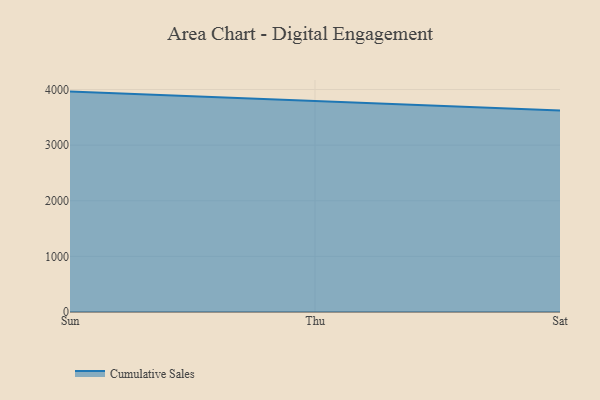
{"axis": {"x": "Day", "y": "Population (Million)"}, "legend": ["Cumulative Sales"], "data": [{"x": "Sun", "y": 3962.8, "type": "Cumulative Sales"}, {"x": "Thu", "y": 3794.0, "type": "Cumulative Sales"}, {"x": "Sat", "y": 3623.7, "type": "Cumulative Sales"}]}